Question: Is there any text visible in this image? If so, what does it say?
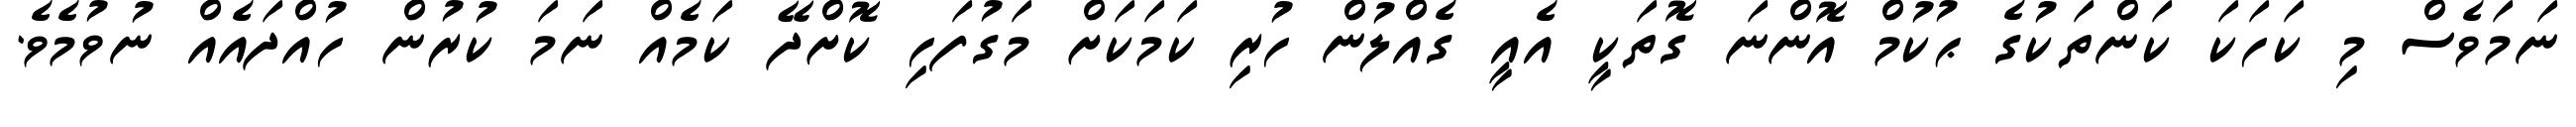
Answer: ނަމަވެސް މި ކަހަކަ ކަންތަކުގެ ޙުކުމް އޮންނަ ގޮތަކީ އެއީ ގެއްލުން ހުރި ކަމަކަށް މަގުފަހި ކޮށްދޭ ކަމެއް ނަމަ ކުރުން ހުއްދައެއް ނުވުމެވެ.